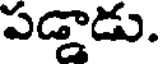
పడ్డాడు.